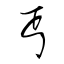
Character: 丐